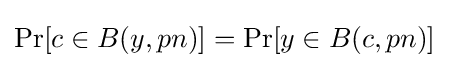
\Pr[c\in B(y,pn)]=\Pr[y\in B(c,pn)]